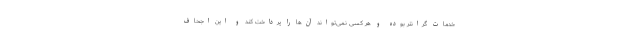
خدمات گرانتر بوده و هر کسی نمی‌تواند آن‌ها را پرداخت کند و این اجحاف